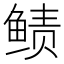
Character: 𱇵